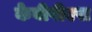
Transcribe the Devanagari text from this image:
केवीपीएस